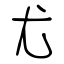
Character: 尤